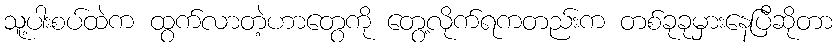
သူ့ပါးစပ်ထဲက ထွက်လာတဲ့ဟာတွေကို တွေ့လိုက်ရကတည်းက တစ်ခုခုမှားနေပြီဆိုတာ